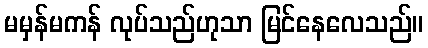
မမှန်မကန် လုပ်သည်ဟုသာ မြင်နေလေသည်။